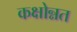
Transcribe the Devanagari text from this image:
कक्षोन्नत